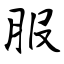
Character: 服